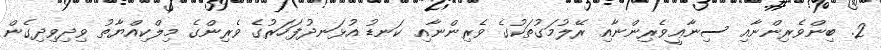
2. ބިންވެރިންނާއި ސިނާޢީވެރިންނާއި ރޭލުމަގުތަކުގެ ވެރިންނާއި ކަނޑު އުޅަނދުފަހަރުގެ ވެރިންގެ މިލްކިއްޔާތު ވިދިވިދިގެން